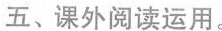
五、课外阅读运用。